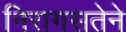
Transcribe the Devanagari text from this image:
निरागसतेने